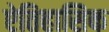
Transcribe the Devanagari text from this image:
ऐतिहासिक